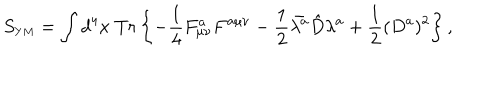
S _ { \scriptscriptstyle Y M } = \int d ^ { 4 } x \; T r \left\{ - \frac { 1 } { 4 } F _ { \mu \nu } ^ { a } F ^ { a \mu \nu } - \frac { 1 } { 2 } \bar { \lambda ^ { a } } \hat { D } \lambda ^ { a } + \frac { 1 } { 2 } ( D ^ { a } ) ^ { 2 } \right\} ,